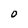
Character: 0